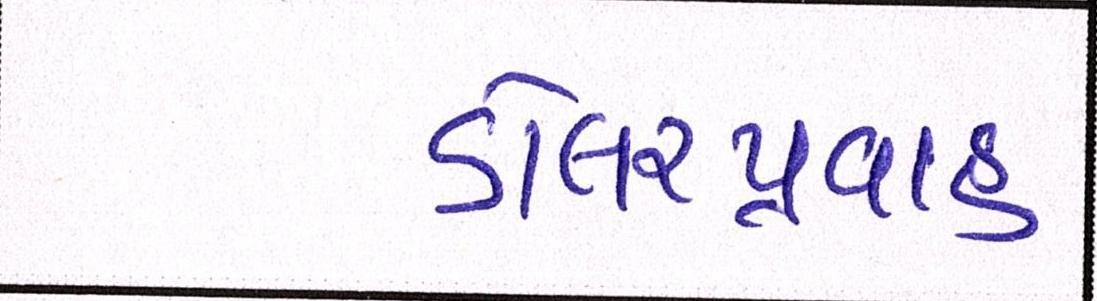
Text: ડોલરપ્રવાહ